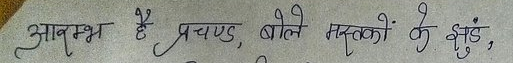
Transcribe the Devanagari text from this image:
आत्मम्भ है प्रचंड, बोले मस्तकों के झुंड,